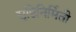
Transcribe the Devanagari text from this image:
सृष्टिनिर्मिती